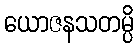
ယောဇနသတမ္ပိ